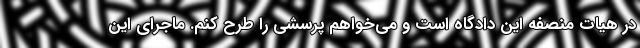
در هيات منصفه اين دادگاه است و مي‌خواهم پرسشي را طرح كنم. ماجراي اين